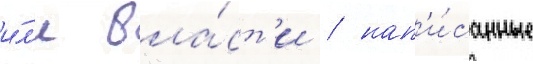
и́л'и вла́ст'и / нап'и́санные